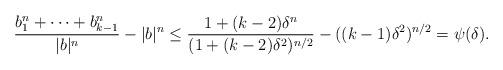
LaTeX: \begin{align*}\frac{b_1^n +\dots+b_{k-1} ^n }{|b| ^{ n} } -|b| ^{ n} \leq \frac{1+(k-2)\delta^n}{(1+(k-2)\delta^2)^{n/2} } - ((k-1)\delta^2)^{n/2} = \psi(\delta).\end{align*}